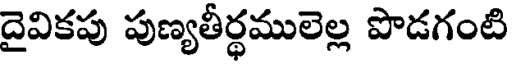
దైవికపు పుణ్యతీర్థములెల్ల పొడగంటి